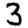
Digit: 3